Report of the King Institute of Preventive Medicine, Guindy
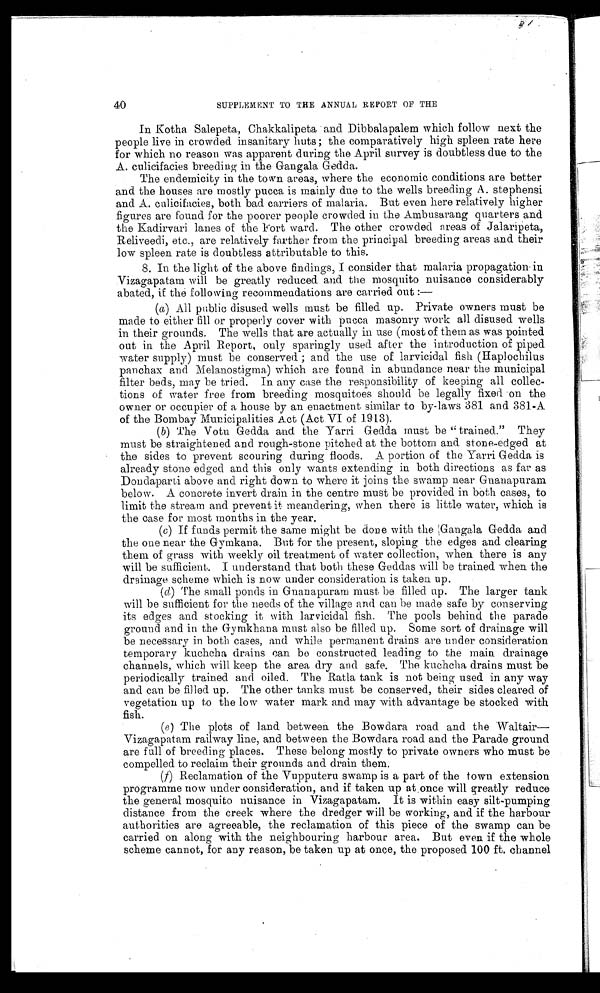
40
SUPPLEMENT TO THE ANNUAL REPORT OF THE
In Kotha Salepeta, Chakkalipeta and Dibbalapalem which follow next the
people live in crowded insanitary huts; the comparatively high spleen rate here
for which no reason was apparent during the April survey is doubtless due to the
A. culicifacies breeding in the Gangala Gedda.
The endemicity in the town areas, where the economic conditions are better
and the houses are mostly pucca is mainly due to the wells breeding A. stephensi
and A. culicifacies, both bad carriers of malaria. But even here relatively higher
figures are found for the poorer people crowded in the Ambusarang quarters and
the Kadirvari lanes of the Fort ward. The other crowded areas of Jalaripeta,
Reliveedi, etc., are relatively farther from the principal breeding areas and their
low spleen rate is doubtless attributable to this.
8. In the light of the above findings, I consider that malaria propagation in
Vizagapatam will be greatly reduced and the mosquito nuisance considerably
abated, if the following recommendations are carried out :—
(a) All public disused wells must be filled up. Private owners must be
made to either fill or properly cover with pucca masonry work all disused wells
in their grounds. The wells that are actually in use (most of them as was pointed
out in the April Report, only sparingly used after the introduction of piped
water supply) must be conserved; and the use of larvicidal fish (Haplochilus
panchax and Melanostigma) which are found in abundance near the municipal
filter beds, may be tried. In any case the responsibility of keeping all collec
- t i o n s o f w a t e r f r e e f r o m b r e e d i n g m o s q u i t o e s s h o u l d b e l e g a l l y f i x e d o n t h e
owner or occupier of a house by an enactment similar to by-laws 381 and 381-A
of the Bombay Municipalities Act (Act VI of 1913).
(b) The Votu Gedda and the Yarri Gedda must be "trained." They
must be straightened and rough-stone pitched at the bottom and stone-edged at
the sides to prevent scouring during floods. A portion of the Yarri Gedda is
already stone edged and this only wants extending in both directions as far as
Dondaparti above and right down to where it joins the swamp near Guanapuram
below. A concrete invert drain in the centre must be provided in both cases, to
limit the stream and prevent it meandering, when there is little water, which is
the case for most months in the year.
(c) If funds permit the same might be done with the Gangala Gedda and
the one near the Gymkana. But for the present, sloping the edges and clearing
them of grass with weekly oil treatment of water collection, when there is any
will be sufficient. I understand that both these Geddas will be trained when the
drainage scheme which is now under consideration is taken up.
( d) The small ponds in Gnanapuram must be filled up. The larger tank
will be sufficient for the needs of the village and can be made safe by conserving
its edges and stocking it with larvicidal fish. The pools behind the parade
ground and in the Gymkhana must also be filled up. Some sort of drainage will
be necessary in both cases, and while permanent drains are under consideration
temporary kuchcha drains can be constructed leading to the main drainage
channels, which will keep the area dry and safe. The kuchcha drains must be
periodically trained and oiled. The Ratla tank is not being used. in any way
and can be filled up. The other tanks must be conserved, their sides cleared of
vegetation up to the low water mark and may with advantage be stocked with
fish.
(e) The plots of land between the Bowdara road and the Waltair
— V i z a g a p a t a m r a i l w a y l i n e , a n d b e t w e e n t h e B o w d a r a r o a d a n d t h e P a r a d e g r o u n d
are full of breeding places. These belong mostly to private owners who must be
compelled to reclaim their grounds and drain them.
(f) Reclamation of the Vupputeru swamp is a part of the town extension
programme now under consideration, and if taken up at once will greatly reduce
the general mosquito nuisance in Vizagapatam. It is within easy silt-pumping
distance from the creek where the dredger will be working, and if the harbour
authorities are agreeable, the reclamation of this piece of the swamp can be
carried on along with the neighbouring harbour area. But even if the whole
scheme cannot, for any reason, be taken up at once, the proposed 100 ft. channel